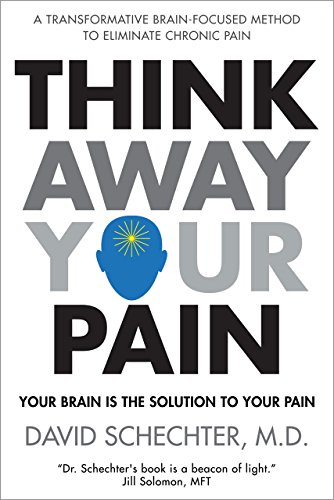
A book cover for Think Away Your Pain; David Schechter M.D.; Health, Fitness & Dieting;